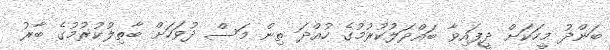
ބަންދު މީހަކަށް ދީފައިވާ ބައްދަލުކުރުމުގެ ހުއްދަ ތިން މަސް ދުވަހަށް ބާތިލުކުރުމުގެ ބާރު